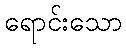
ရောင်းသော